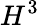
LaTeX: H^{3}